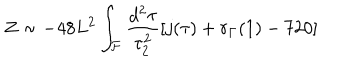
Z \sim - 4 8 L ^ { 2 } \int _ { \cal F } \frac { d ^ { 2 } \tau } { \tau _ { 2 } ^ { 2 } } [ j ( \tau ) + r _ { \Gamma } ( 1 ) - 7 2 0 ]